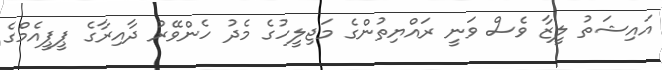
އައިޝަތު ލީޒާ ވެސް ވަނީ ރައްޔިތުންގެ މަޖިލީހުގެ މެދު ހެންވޭރު ދާއިރާގެ ޕީޕީއެމްގެ